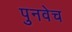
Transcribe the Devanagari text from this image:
पुनवेच